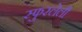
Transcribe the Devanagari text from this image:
स्फुरलेली